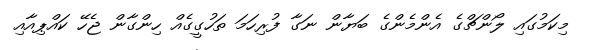
މިކަަމުގައި ލޯންޗްގެ އެންމެންގެ ބަޔާން ނަގާ ފުރިހަމަ ތަހުގީގެއް ހިންގާން ޖެހޭ ކައްޕިއާއި